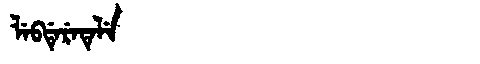
Manchu: ᠯᡝᠪᡩᡝᡵᡝᡨᡝᠯᡝ
Romanization: LEBDERETELE